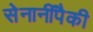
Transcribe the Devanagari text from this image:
सेनानींपैकी